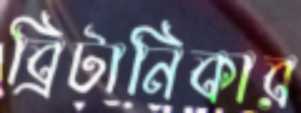
ব্রিটানিকার